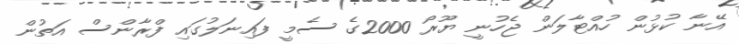
އޭނާ ކުޅުން ހުއްޓާލަން ޖެހުނީ ޔޫރޯ 2000ގެ ސެމީ ފައިނަލުގައި ފްރާންސް އަތުން